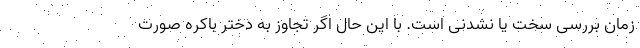
زمان بررسی سخت یا نشدنی است. با این حال اگر تجاوز به دختر باکره صورت